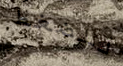
للضغط